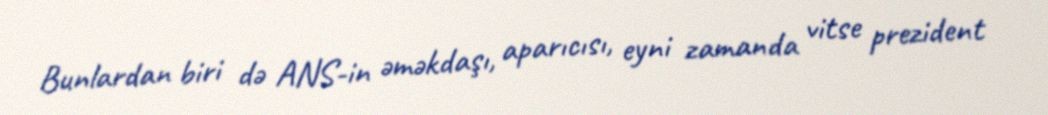
Bunlardan biri də ANS-in əməkdaşı, aparıcısı, eyni zamanda vitse prezident